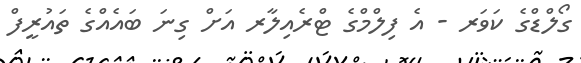
ގޯލްޑްގެ ކަވަރ - އެ ފިލްމްގެ ޓްރެއިލާރ އަށް ގިނަ ބައެއްގެ ތައުރީފް